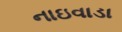
નાઇવાડા